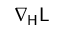
\nabla _ { \mathsf { H } } \mathsf { L }